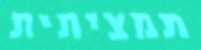
תמציתית